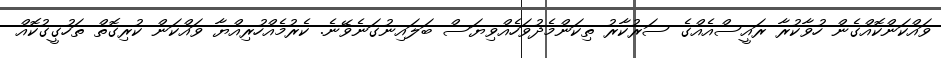
ވައްކަންކޮއްގެން ހުވާކުރާ ރައީސްއެއްގެ ސަރުކާރު ތިކަންމެދުވަހެއްވިޔަސް ބަލައިނުގަނެވޭނެ. ކެރުމެއްހުރިއްޔާ ވައްކަން ކުރިގޮތް ތަހުގީގުކޮއް